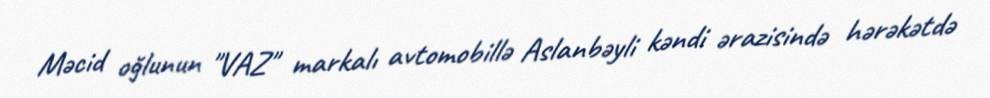
Məcid oğlunun "VAZ" markalı avtomobillə Aslanbəyli kəndi ərazisində hərəkətdə